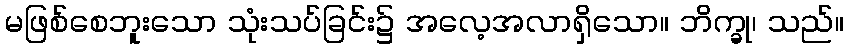
မဖြစ်စေဘူးသော သုံးသပ်ခြင်း၌ အလေ့အလာရှိသော။ ဘိက္ခု၊ သည်။